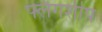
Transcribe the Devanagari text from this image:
फ्लैगशीप